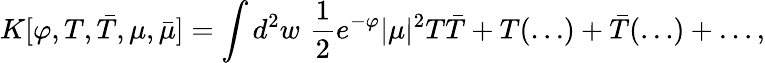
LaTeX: K[\varphi,T,\bar{T},\mu,\bar{\mu}]=\int d^{2}w\, \, {\frac{1}{2}}e^{-\varphi}|\mu|^{2}T\bar{T}+T(\ldots)+\bar{T}(\ldots)+\ldots,